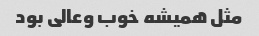
مثل همیشه خوب وعالی بود